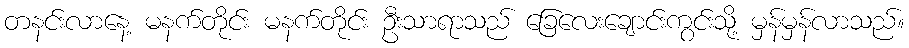
တနင်းလာနေ့ မနက်တိုင်း မနက်တိုင်း ဦးသာရာသည် ခြေလေးချောင်းကွင်းသို့ မှန်မှန်လာသည်။